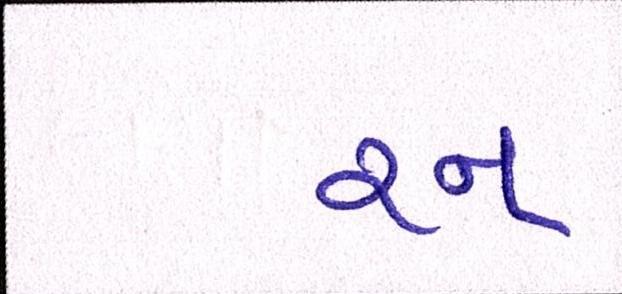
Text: રન